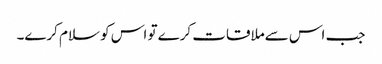
جب اس سےملاقات کرے تو اس کو سلام کرے۔